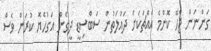
ގަންނަން ޖެހޭ ކޮންމެ އެއްޗަކަށް ދައުލަތުން ސަބްސިޑީ ދީގެން އަގުހެޔޮ ކުރަން ވެސް